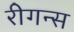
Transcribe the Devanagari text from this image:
रीगन्स